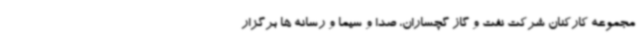
مجموعه کارکنان شرکت نفت و گاز گچساران، صدا و سیما و رسانه ها برگزار